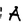
Character: A